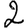
Digit: 2